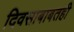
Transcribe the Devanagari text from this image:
दिवसाबाबतही